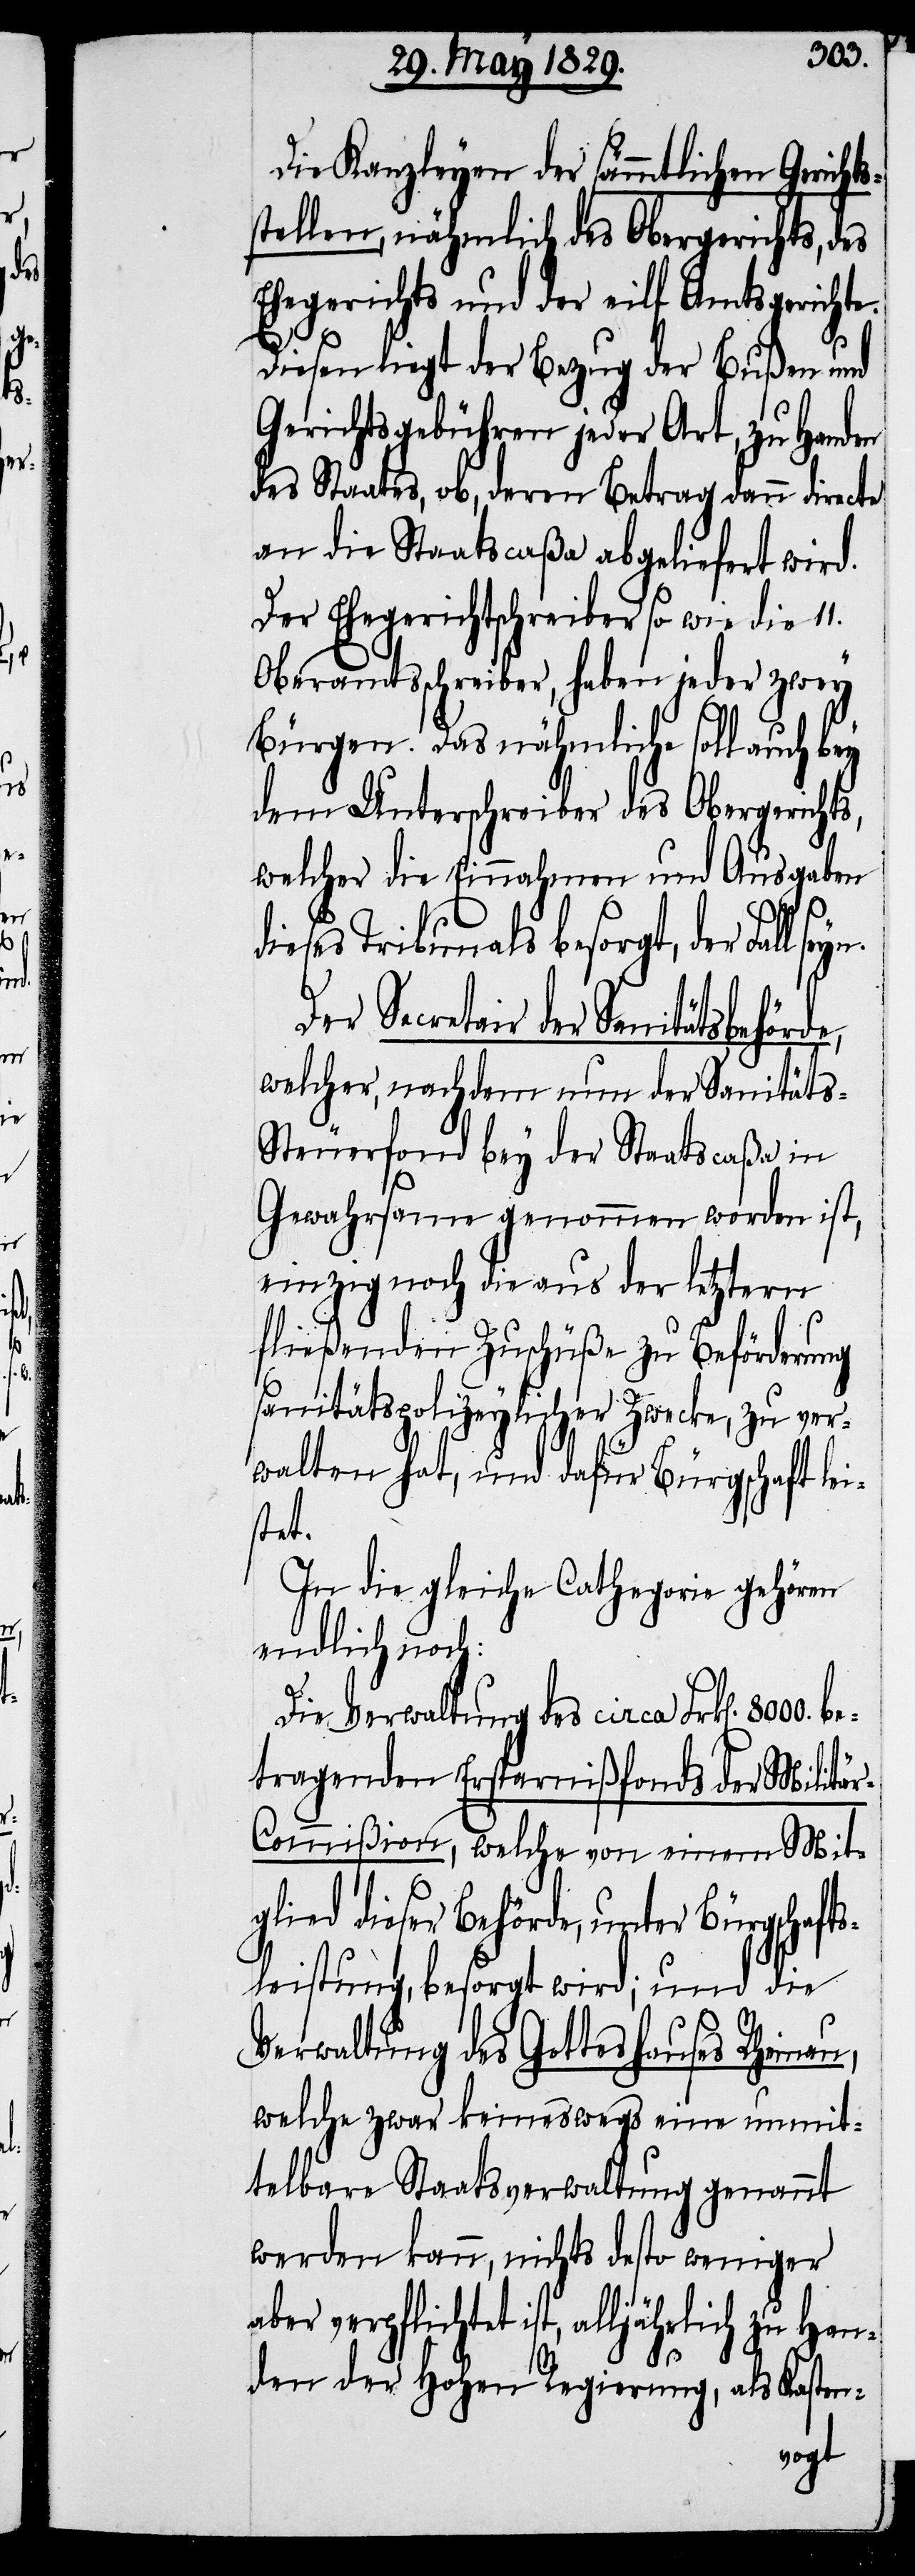
s¬

Han¬

8000.
Die Kanzleyen der sämmtlichen Gericht¬
stellen, nähmlich des Obergerichts, des
Ehegerichts und der eilf Amtsgerichte.
Diesen liegt der Bezug der Bußen und
Gerichtsgebühren jeder Art, zu Handen
des Staates, ob, deren Betrag dann directe
an die Staatscaßa abgeliefert wird.
Der Ehegerichtschreiber so wie die 11.
Oberamtsschreiber, haben jeder zwey
Bürgen. Das nähmliche soll auch bey
dem Unterschreiber des Obergerichts,
welcher die Einnahmen und Ausgaben
dieses Tribunals besorgt, der Fall
Der Secretair der Sanitätsbehörde,
welcher, nachdem nun der Sanitäts-S¬
teuerfond bey der Staatscaßa in
Gewahrsam genommen worden ist,
einzig die noch aus der letztern
fließenden Zuschüße zu Beförderung
sänitätspolizeylicher Zwecke, zu ver¬
walten hat, und dafür Bürgschaft lei¬
stet.
In die gleiche Cathegorie gehören
endlich noch:
Die Verwaltung des circa Frk[en].
tragenden Ersparnißfonds der Militä¬
r-Commißion, welche von einem Mit¬
glied dieser Behörde, unter Bürgschaft¬
sleistung, besorgt wird; und die
Verwaltung des Gotteshauses Rheinau,
welche zwar keineswegs eine unmit¬
telbare Staatsverwaltung genannt
werden kann, nicht desto weniger
aber verpflichtet ist, alljährlich zu
den der Hohen Regierung, als Kasten-